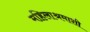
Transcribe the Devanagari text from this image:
महिलाश्रमाशी